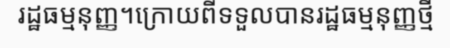
រដ្ឋធម្មនុញ្ញ។ក្រោយពីទទួលបានរដ្ឋធម្មនុញ្ញថ្មី